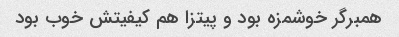
همبرگر خوشمزه بود و پیتزا هم کیفیتش خوب بود